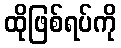
ထိုဖြစ်ရပ်ကို